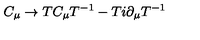
C _ { \mu } \rightarrow T C _ { \mu } T ^ { - 1 } - T i \partial _ { \mu } T ^ { - 1 }